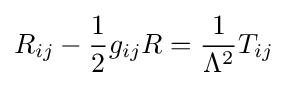
R_{ij}-{\frac {1}{2}}g_{ij}R={\frac {1}{\Lambda ^{2}}}T_{ij}